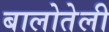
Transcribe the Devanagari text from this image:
बालोतेली